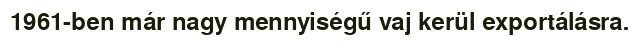
1961-ben már nagy mennyiségű vaj kerül exportálásra.